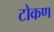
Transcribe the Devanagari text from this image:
टोकण